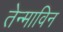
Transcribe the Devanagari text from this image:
तेन्माविन